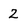
Character: 2